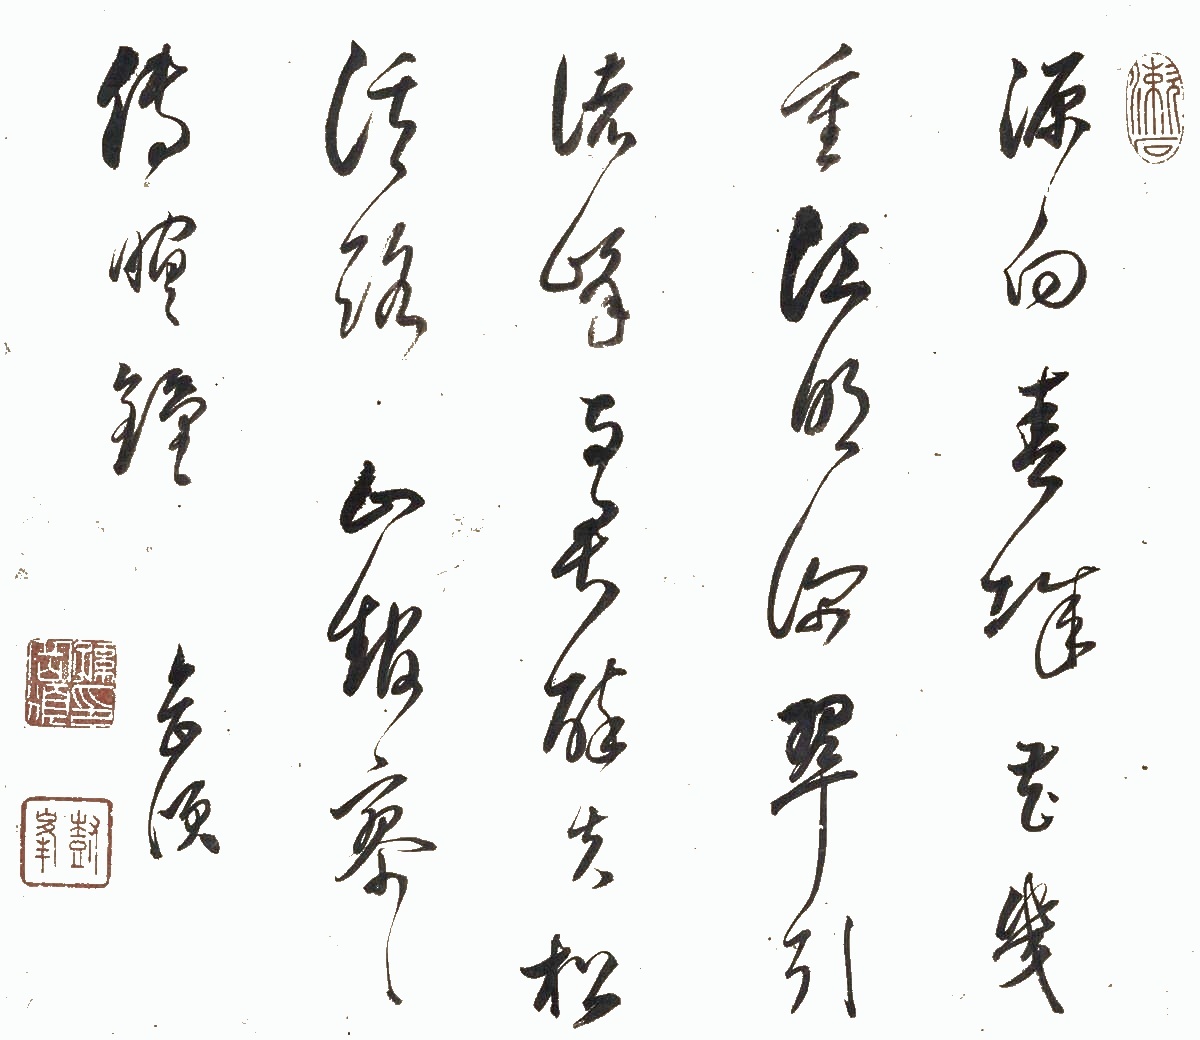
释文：源向春城花几重，江明深翠引诸峰。与君醉失松溪路，山馆寥寥传暝钟。岳颁。